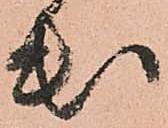
出